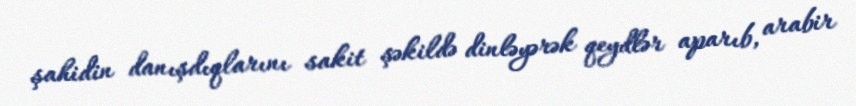
şahidin danışdıqlarını sakit şəkildə dinləyərək qeydlər aparıb, arabir